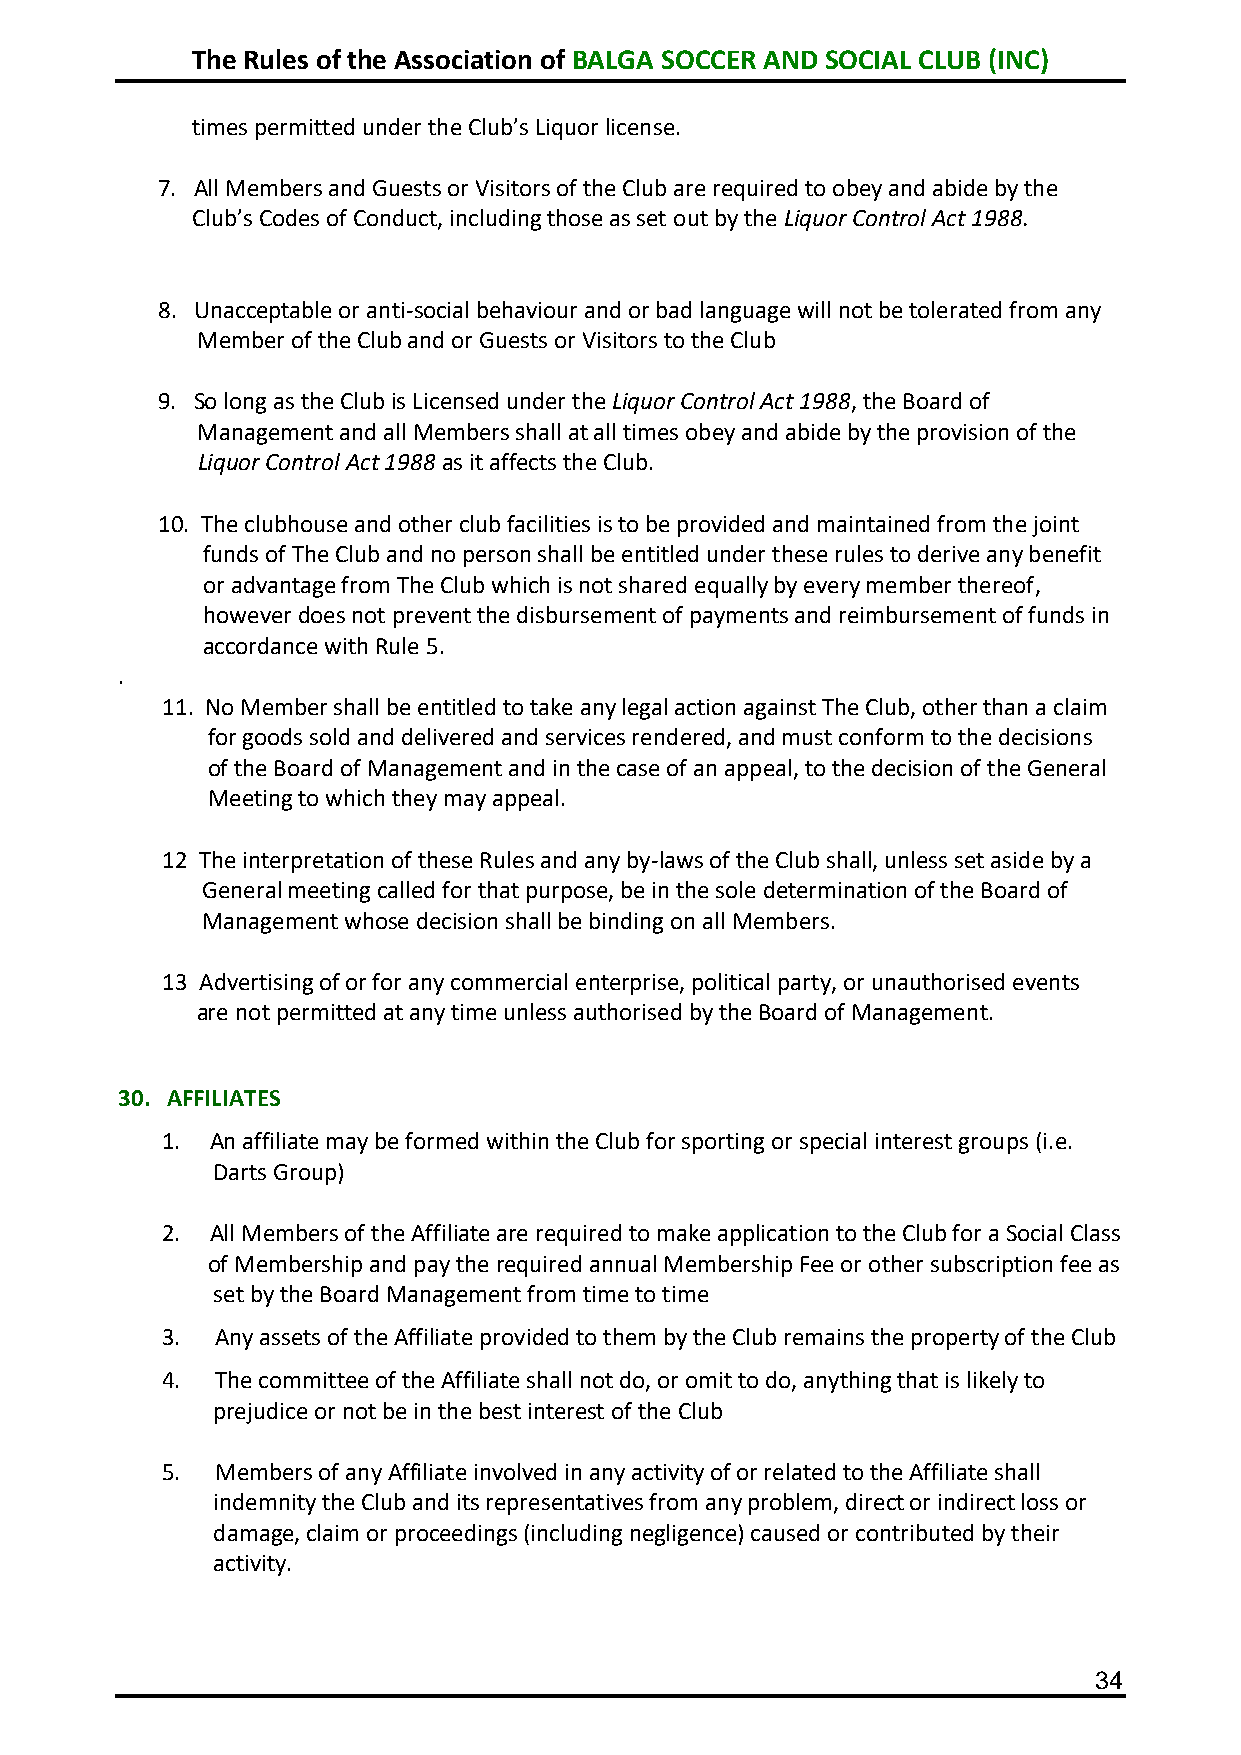
The Rules of the Association of BALGA SOCCER AND SOCIAL CLUB (INC)
 times permitted under the Club’s Liquor license.
 7. All Members and Guests or Visitors of the Club are required to obey and abide by the
 Club’s Codes of Conduct, including those as set out by the Liquor Control Act 1988.
 8. Unacceptable or anti-social behaviour and or bad language will not be tolerated from any
 Member of the Club and or Guests or Visitors to the Club
 9. So long as the Club is Licensed under the Liquor Control Act 1988, the Board of
 Management and all Members shall at all times obey and abide by the provision of the
 Liquor Control Act 1988 as it affects the Club.
 10. The clubhouse and other club facilities is to be provided and maintained from the joint
 funds of The Club and no person shall be entitled under these rules to derive any benefit
 or advantage from The Club which is not shared equally by every member thereof,
 however does not prevent the disbursement of payments and reimbursement of funds in
 accordance with Rule 5.
 .
 11. No Member shall be entitled to take any legal action against The Club, other than a claim
 for goods sold and delivered and services rendered, and must conform to the decisions
 of the Board of Management and in the case of an appeal, to the decision of the General
 Meeting to which they may appeal.
 12 The interpretation of these Rules and any by-laws of the Club shall, unless set aside by a
 General meeting called for that purpose, be in the sole determination of the Board of
 Management whose decision shall be binding on all Members.
 13 Advertising of or for any commercial enterprise, political party, or unauthorised events
 are not permitted at any time unless authorised by the Board of Management.
 30. AFFILIATES
 1. An affiliate may be formed within the Club for sporting or special interest groups (i.e.
 Darts Group)
 2. All Members of the Affiliate are required to make application to the Club for a Social Class
 of Membership and pay the required annual Membership Fee or other subscription fee as
 set by the Board Management from time to time
 3. Any assets of the Affiliate provided to them by the Club remains the property of the Club
 4. The committee of the Affiliate shall not do, or omit to do, anything that is likely to
 prejudice or not be in the best interest of the Club
 5. Members of any Affiliate involved in any activity of or related to the Affiliate shall
 indemnity the Club and its representatives from any problem, direct or indirect loss or
 damage, claim or proceedings (including negligence) caused or contributed by their
 activity.
 34